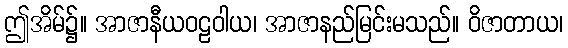
ဤအိမ်၌။ အာဇာနီယဝဠဝါယ၊ အာဇာနည်မြင်းမသည်။ ဝိဇာတာယ၊